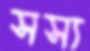
সস্য